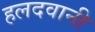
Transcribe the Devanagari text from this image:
हलदवानी